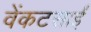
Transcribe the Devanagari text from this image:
वेंकटसाईं